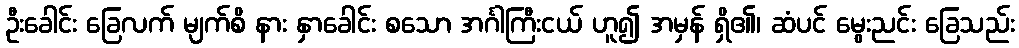
ဦးခေါင်း ခြေလက် မျက်စိ နား နှာခေါင်း စသော အင်္ဂါကြီးငယ် ဟူ၍ အမှန် ရှိ၏၊ ဆံပင် မွေးညင်း ခြေသည်း